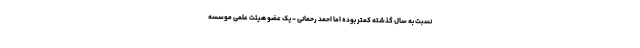
نسبت به سال گذشته کمتر بوده اما احمد رحمانی - یک عضو هیئت علمی موسسه